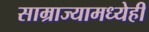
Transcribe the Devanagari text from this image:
साम्राज्यामध्येही